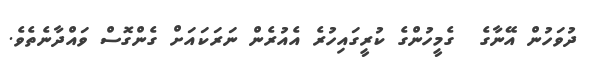
ދުވަހުން އޭނާގެ  ގެމީހުންގެ ކުރީގައިހުރެ އެއުރެން ނަރަކައަށް ގެންގޮސް ވައްދާނެތެވެ.